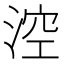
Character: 涳